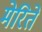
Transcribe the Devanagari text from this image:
मेरितें